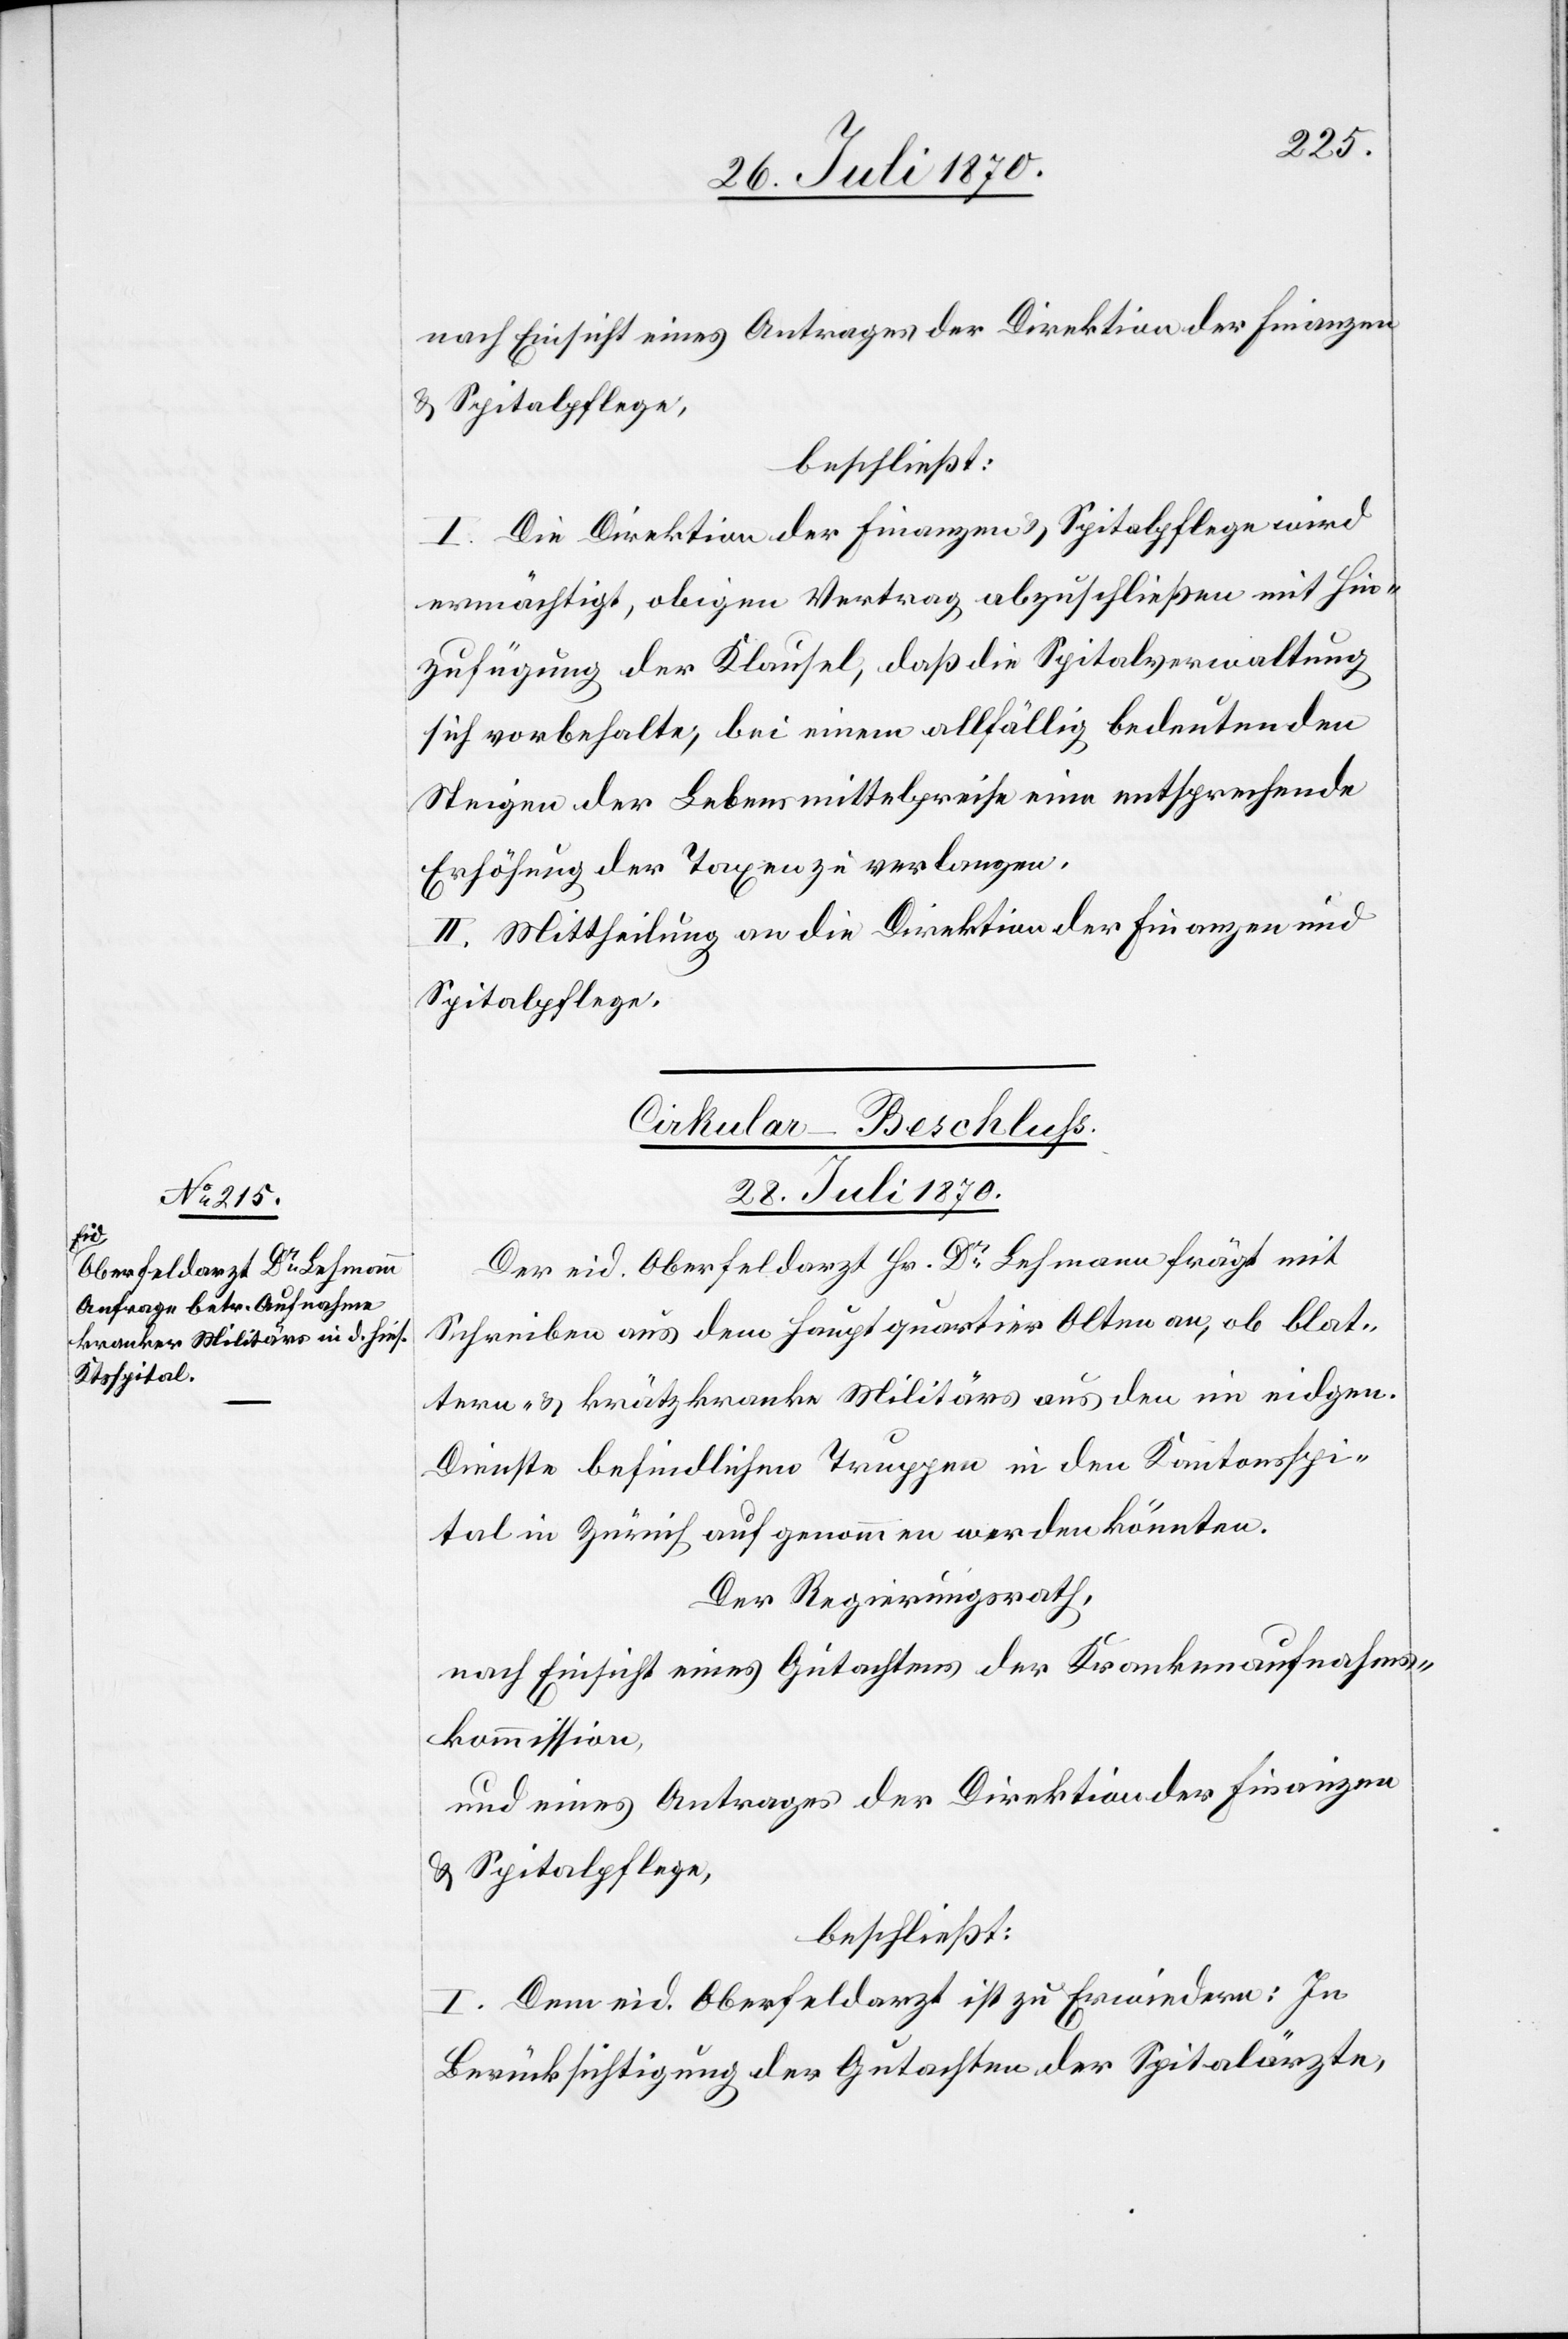
nach Einsicht eines Antrages der Direktion der Finanzen
& Spitalpflege,
beschließt:
I. Die Direktion der Finanzen & Spitalpflege wird
ermächtigt, obigen Vertrag abzuschließen mit Hin¬
zufügung der Klausel, daß die Spitalverwaltung
sich vorbehalte, bei einem allfällig bedeutenden
Steigen der Lebensmittelpreise eine entsprechende
Erhöhung der Taxen zu verlangen.
II. Mittheilung an die Direktion der Finanzen &
Spitalpflege.
Cirkular-Beschluss.
28. Juli 1870.
Der eid. Oberfeldarzt Hr. Dr Lehmann frägt mit
Schreiben aus dem Hauptquartier Olten an, ob blat¬
tern- & krätzkranke Militärs aus den im eidgen.
Dienste befindlichen Truppen in den Kantonsspi¬
tal in Zürich aufgenommen werden könnten.
Der Regierungsrath
nach Einsicht eines Gutachtens der Krankenaufnahms¬
kommission,
und eines Antrages der Direktion der Finanzen
& Spitalpflege,
beschließt:
I. Dem eid. Oberfeldarzt ist zu Erwiedern
Berücksichtigung der Gutachten der Spitalärzte,